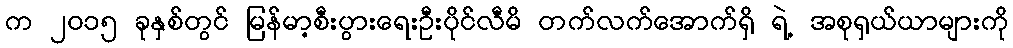
က ၂၀၁၅ ခုနှစ်တွင် မြန်မာ့စီးပွားရေးဦးပိုင်လီမိ တက်လက်အောက်ရှိ ရဲ့ အစုရှယ်ယာများကို